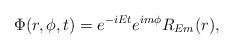
\begin{align*}\Phi(r, \phi, t) = e^{-iEt}e^{i m \phi} R_{Em} (r),\end{align*}